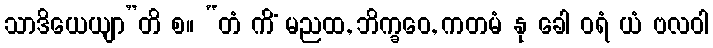
သာဒိယေယျာ”တိ စ။ “တံ ကိံ မညထ, ဘိက္ခဝေ, ကတမံ နု ခေါ ဝရံ ယံ ဗလဝါ